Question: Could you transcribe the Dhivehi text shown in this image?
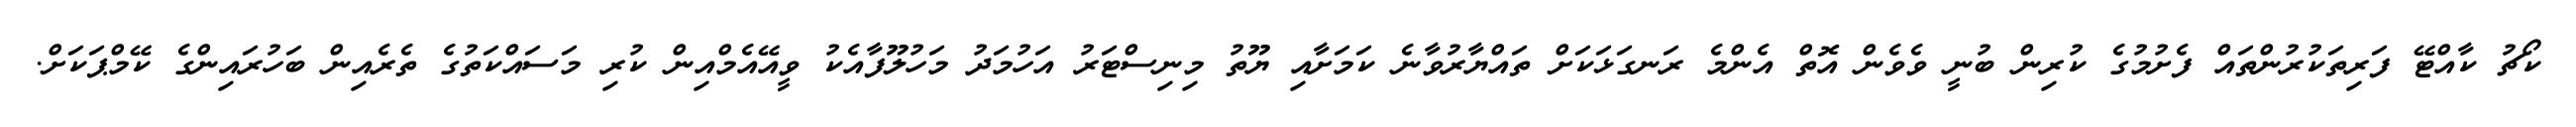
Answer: ކޯޗު ކާއްޓޭ ފަރިތަކުރުންތައް ފެށުމުގެ ކުރިން ބުނީ ވެވެން އޮތް އެންމެ ރަނގަޅަކަށް ތައްޔާރުވާނެ ކަމަށާއި ޔޫތު މިނިސްޓަރު އަހުމަދު މަހުލޫފާއެކު ވީއޭއެމްއިން ކުރި މަސައްކަތުގެ ތެރެއިން ބަހުރައިންގެ ކޭމްޕަކަށް.